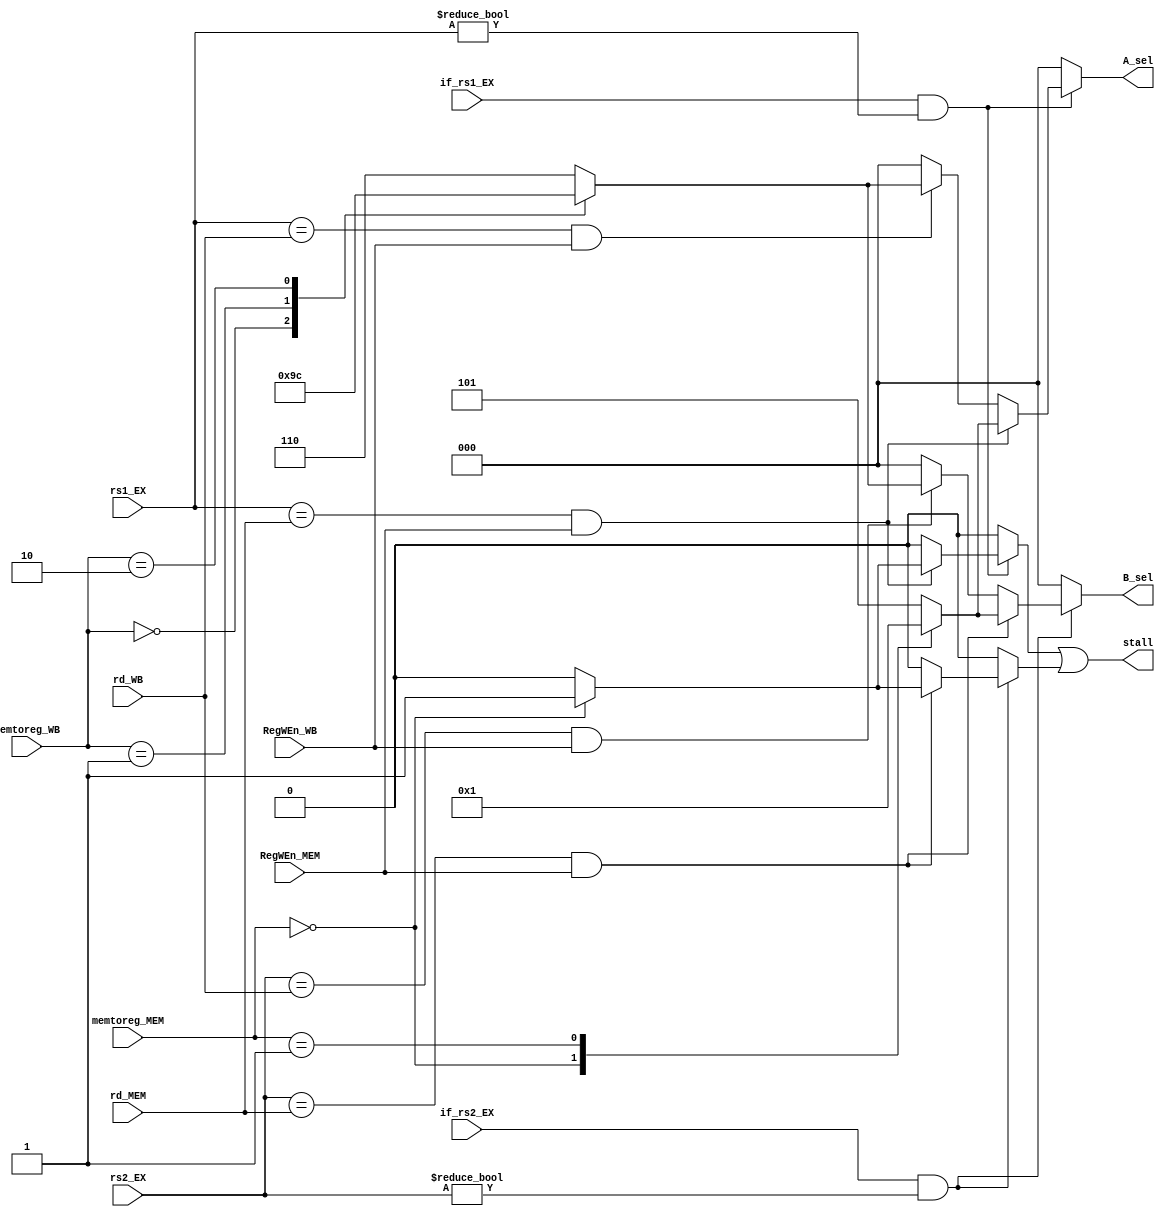
module Forwarding_unit(
		input if_rs1_EX, if_rs2_EX, RegWEn_MEM, RegWEn_WB,
		input [1:0] memtoreg_MEM, memtoreg_WB,
		input [4:0] rs1_EX, rs2_EX, rd_MEM, rd_WB,
		output reg [2:0] A_sel, B_sel,  
		output stall
);

reg stall_A, stall_B;
assign stall = stall_A | stall_B;

//A_sel
always@(*) begin
	stall_A = 1'd0;
	A_sel 	= 3'd0;
	if(if_rs1_EX && rs1_EX != 5'd0) begin
		if((rs1_EX == rd_MEM) && RegWEn_MEM) begin
			case(memtoreg_MEM)
				2'd0: //Load Intruction
				begin
					stall_A = 1'd1; //stall for one cycle
					A_sel 	= 3'd0; 
				end
				2'd1: //write the alu_result back to reg
				begin
					stall_A = 1'd0;
					A_sel 	= 3'd1;
				end
				default: //might detect J type for debugging
				begin
					stall_A = 1'd0;
					A_sel 	= 3'd5; //for debug!
				end
			endcase
		end
		else if((rs1_EX == rd_WB) && RegWEn_WB) begin
			case(memtoreg_WB)
				2'd0:
				begin
					stall_A = 1'd0;
					A_sel = 3'd2;
				end
				2'd1:
				begin
					stall_A = 1'd0;
					A_sel = 3'd3;
				end
				2'd2:
				begin
					stall_A = 1'd0;
					A_sel = 3'd4;
				end
				default:
				begin
					stall_A = 1'd0;
					A_sel 	= 3'd6; //for debug!
				end
			endcase
		end
		else begin //no data hazard on A
			stall_A = 1'd0;
			A_sel 	= 3'd0;
		end
	end
end

//B_sel
always@(*) begin
	stall_B = 1'd0;
	B_sel 	= 3'd0;

	if(if_rs2_EX && rs2_EX != 5'd0) begin
		if((rs2_EX == rd_MEM) && RegWEn_MEM) begin
			case(memtoreg_MEM) 
				2'd0:
				begin
					stall_B = 1'd1;
					B_sel 	= 3'd0;
				end
				2'd1:
				begin
					stall_B = 1'd0;
					B_sel = 3'd1;
				end
				default:
				begin
					stall_B = 1'd0;
					B_sel 	= 3'd5; 
				end
			endcase
		end
		else if((rs2_EX == rd_WB) && RegWEn_WB) begin
			case(memtoreg_WB)
				2'd0:
				begin
					stall_B = 1'd0;
					B_sel = 3'd2;
				end
				2'd1:
				begin
					stall_B = 1'd0;
					B_sel = 3'd3;
				end
				2'd2:
				begin
					stall_B = 1'd0;
					B_sel = 3'd4;
				end
				default:
				begin
				 	stall_B = 1'd0;
				 	B_sel 	= 3'd6; 
				end
			endcase
		end
		else begin
			stall_B = 1'd0;
			B_sel 	= 3'd0;
		end
	end
end

endmodule